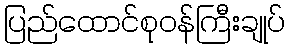
ပြည်ထောင်စုဝန်ကြီးချုပ်